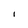
Character: l